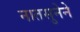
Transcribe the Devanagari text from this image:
नातसुनेने